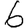
Digit: 6